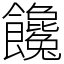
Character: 饞